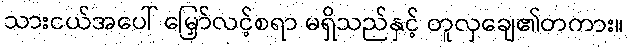
သားငယ်အပေါ် မြှော်လင့်စရာ မရှိသည်နှင့် တူလှချေ၏တကား။